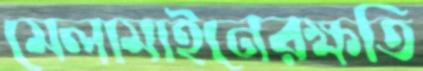
মেলামাইনেরক্ষতি